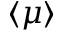
\langle \mu \rangle